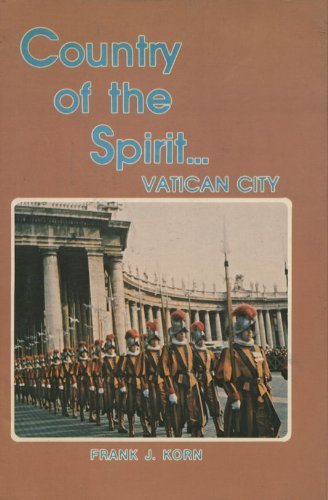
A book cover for Country of the spirit, Vatican City; Frank J Korn; Travel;